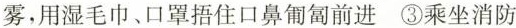
雾，用湿毛巾、口罩捂住口鼻匍匐前进③乘坐消防